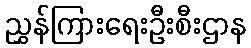
ညွှန်ကြားရေးဦးစီးဌာန